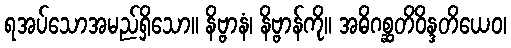
ရအပ်သောအမည်ရှိသော။ နိဗ္ဗာနံ၊ နိဗ္ဗာန်ကို။ အဓိဂစ္ဆတိဝိန္ဒတိယေဝ၊